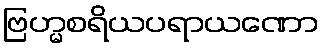
ဗြဟ္မစရိယပရာယဏော